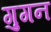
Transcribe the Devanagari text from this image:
गुगन